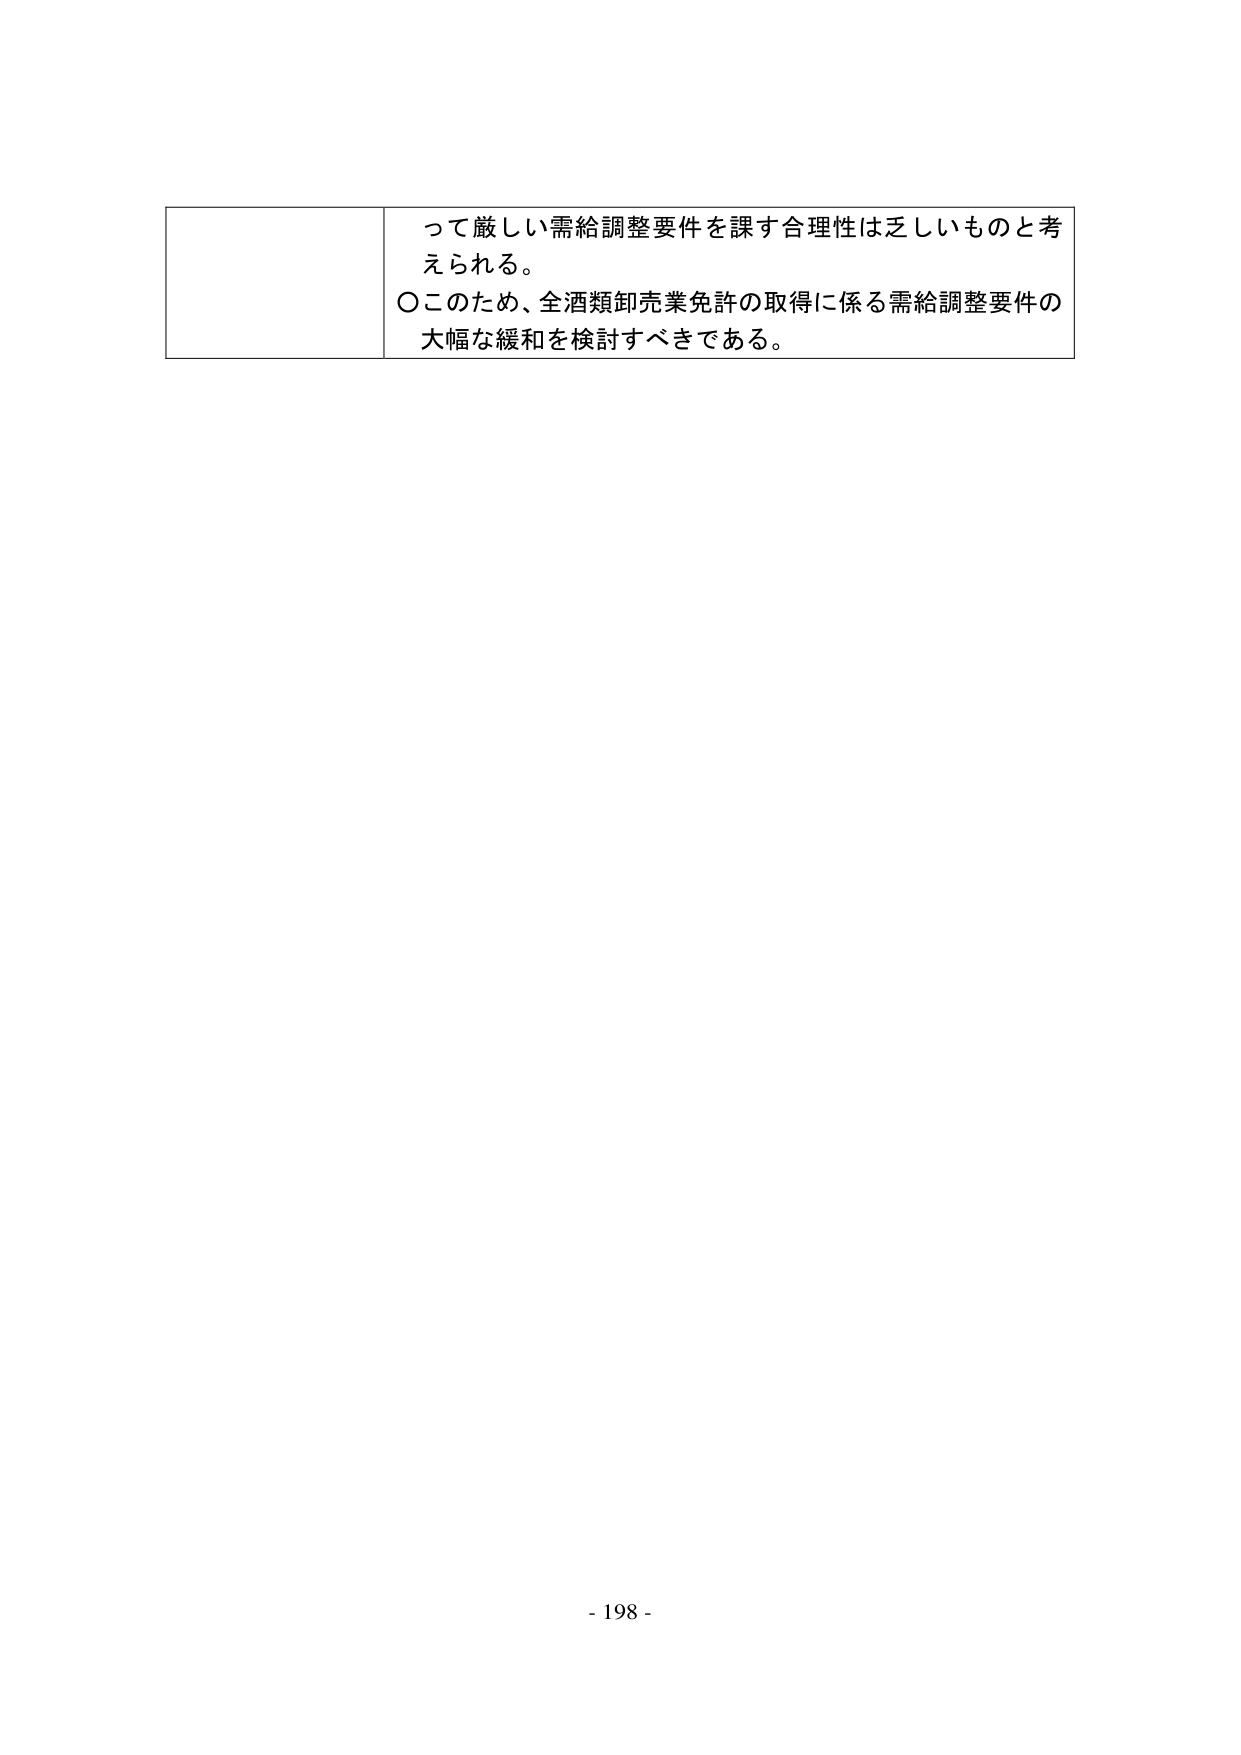
って厳しい需給調整要件を課す合理性は乏しいものと考えられる。
○このため、全酒類卸売業免許の取得に係る需給調整要件の大幅な緩和を検討すべきである。

- 198 -